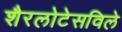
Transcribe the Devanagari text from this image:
शैरलोटेसविले